Annual administration report of the Civil Veterinary Department of India - 1892-1893
Year: 1892
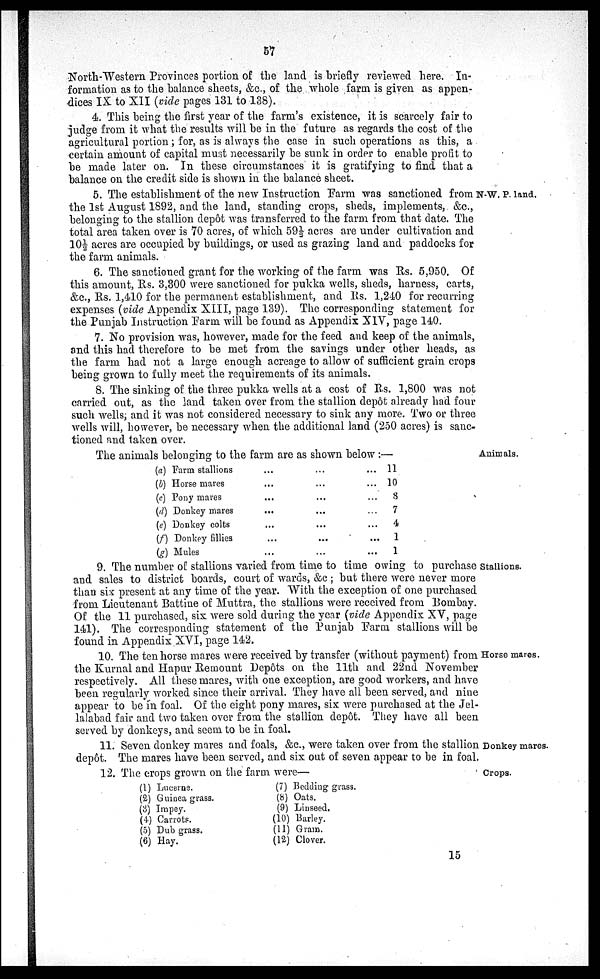
57
North-Western Provinces portion of the land is briefly reviewed here. In-
formation as to the balance sheets, &c., of the whole farm is given as appen-
dices IX to XII (vide pages 131 to 138).
4. This being the first year of the farm's existence, it is scarcely fair to
judge from it what the results will be in the future as regards the cost of the
agricultural portion; for, as is always the case in such operations as this, a
certain amount of capital must necessarily be sunk in order to enable profit to
be made later on. In these circumstances it is gratifying to find that a
balance on the credit side is shown in the balance sheet.
N-W. P. land.
5. The establishment of the new Instruction Farm was sanctioned from
the 1st August 1892, and the land, standing crops, sheds, implements, &c.,
belonging to the stallion depôt was transferred to the farm from that date. The
total area taken over is 70 acres, of which 59½ acres are under cultivation and
10½ acres are occupied by buildings, or used as grazing land and paddocks for
the farm animals.
6. The sanctioned grant for the working of the farm was Rs. 5,950. Of
this amount, Rs. 3,300 were sanctioned for pukka wells, sheds, harness, carts,
&c., Rs. 1,410 for the permanent establishment, and Rs. 1,240 for recurring
expenses (vide Appendix XIII, page 139). The corresponding statement for
the Punjab Instruction Farm will be found as Appendix XIV, page 140.
7. No provision was, however, made for the feed and keep of the animals,
and this had therefore to be met from the savings under other heads, as
the farm had not a large enough acreage to allow of sufficient grain crops
being grown to fully meet the requirements of its animals.
8. The sinking of the three pukka wells at a cost of Rs. 1,800 was not
carried out, as the land taken over from the stallion depôt already had four
such wells, and it was not considered necessary to sink any more. Two or three
wells will, however, be necessary when the additional land (250 acres) is sanc-
tioned and taken over.
Animals.
The animals belonging to the farm are as shown below:—
(a) Farm stallions ... ... ...
(b) Horse mares ... ... ...
(c) Pony mares ... ... ...
(d) Donkey mares ... ... ...
(e) Donkey colts ... ... ...
(f) Donkey fillies ... ... ...
(g) Mules ... ... ...
11
10
8
7
4
1
1
Stallions.
9. The number of stallions varied from time to time owing to purchase
and sales to district boards, court of wards, &c ; but there were never more
than six present at any time of the year. With the exception of one purchased
from Lieutenant Battine of Muttra, the stallions were received from Bombay.
Of the 11 purchased, six were sold during the year (vide Appendix XV, page
141). The corresponding statement of the Punjab Farm stallions will be
found in Appendix XVI, page 142.
Horse mares.
10. The ten horse mares were received by transfer (without payment) from
the Kurnal and Hapur Remount Depôts on the 11th and 22nd November
respectively. All these mares, with one exception, are good workers, and have
been regularly worked since their arrival. They have all been served, and nine
appear to be in foal. Of the eight pony mares, six were purchased at the Jel-
lalabad fair and two taken over from the stallion depôt. They have all been
served by donkeys, and seem to be in foal.
Donkey mares.
11. Seven donkey mares and foals, &c, were taken over from the stallion
depôt. The mares have been served, and six out of seven appear to be in foal.
Crops.
12. The crops grown on the farm were—
(1) Lucerne.
(2) Guinea grass.
(3) Impey.
(4) Carrots.
(5) Dub grass.
(6) Hay.
(7) Bedding grass.
(8) Oats.
(9) Linseed.
(10) Barley.
(11) Gram.
(12) Clover.
15